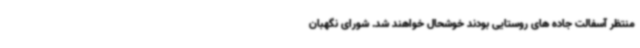
منتظر آسفالت جاده های روستایی بودند خوشحال خواهند شد. شورای نگهبان